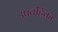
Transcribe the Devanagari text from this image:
उपवर्हिका